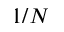
1 / N